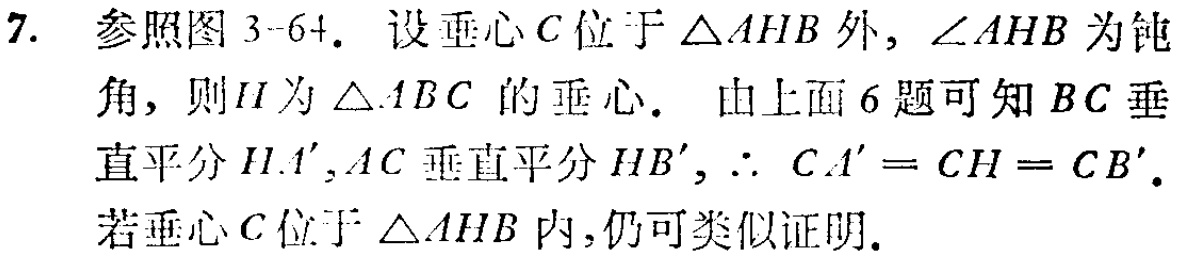
7. 参照图 3 - 64. 设垂心\(C\)位于\(\triangle AHB\)外，\(\angle AHB\)为钝角，则\(H\)为\(\triangle ABC\)的垂心. 由上面6题可知\(BC\)垂直平分\(HA'\)，\(AC\)垂直平分\(HB'\)，\(\therefore CA' = CH = CB'\). 若垂心\(C\)位于\(\triangle AHB\)内，仍可类似证明.